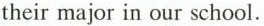
their major in our school.